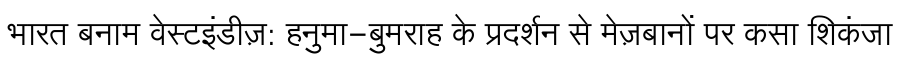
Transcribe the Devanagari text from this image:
भारत बनाम वेस्टइंडीज़: हनुमा-बुमराह के प्रदर्शन से मेज़बानों पर कसा शिकंजा